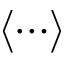
\left< \cdots \right>